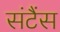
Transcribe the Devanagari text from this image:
संटैंस